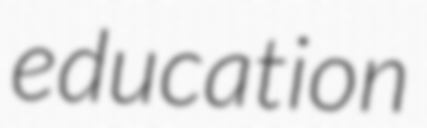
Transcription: education